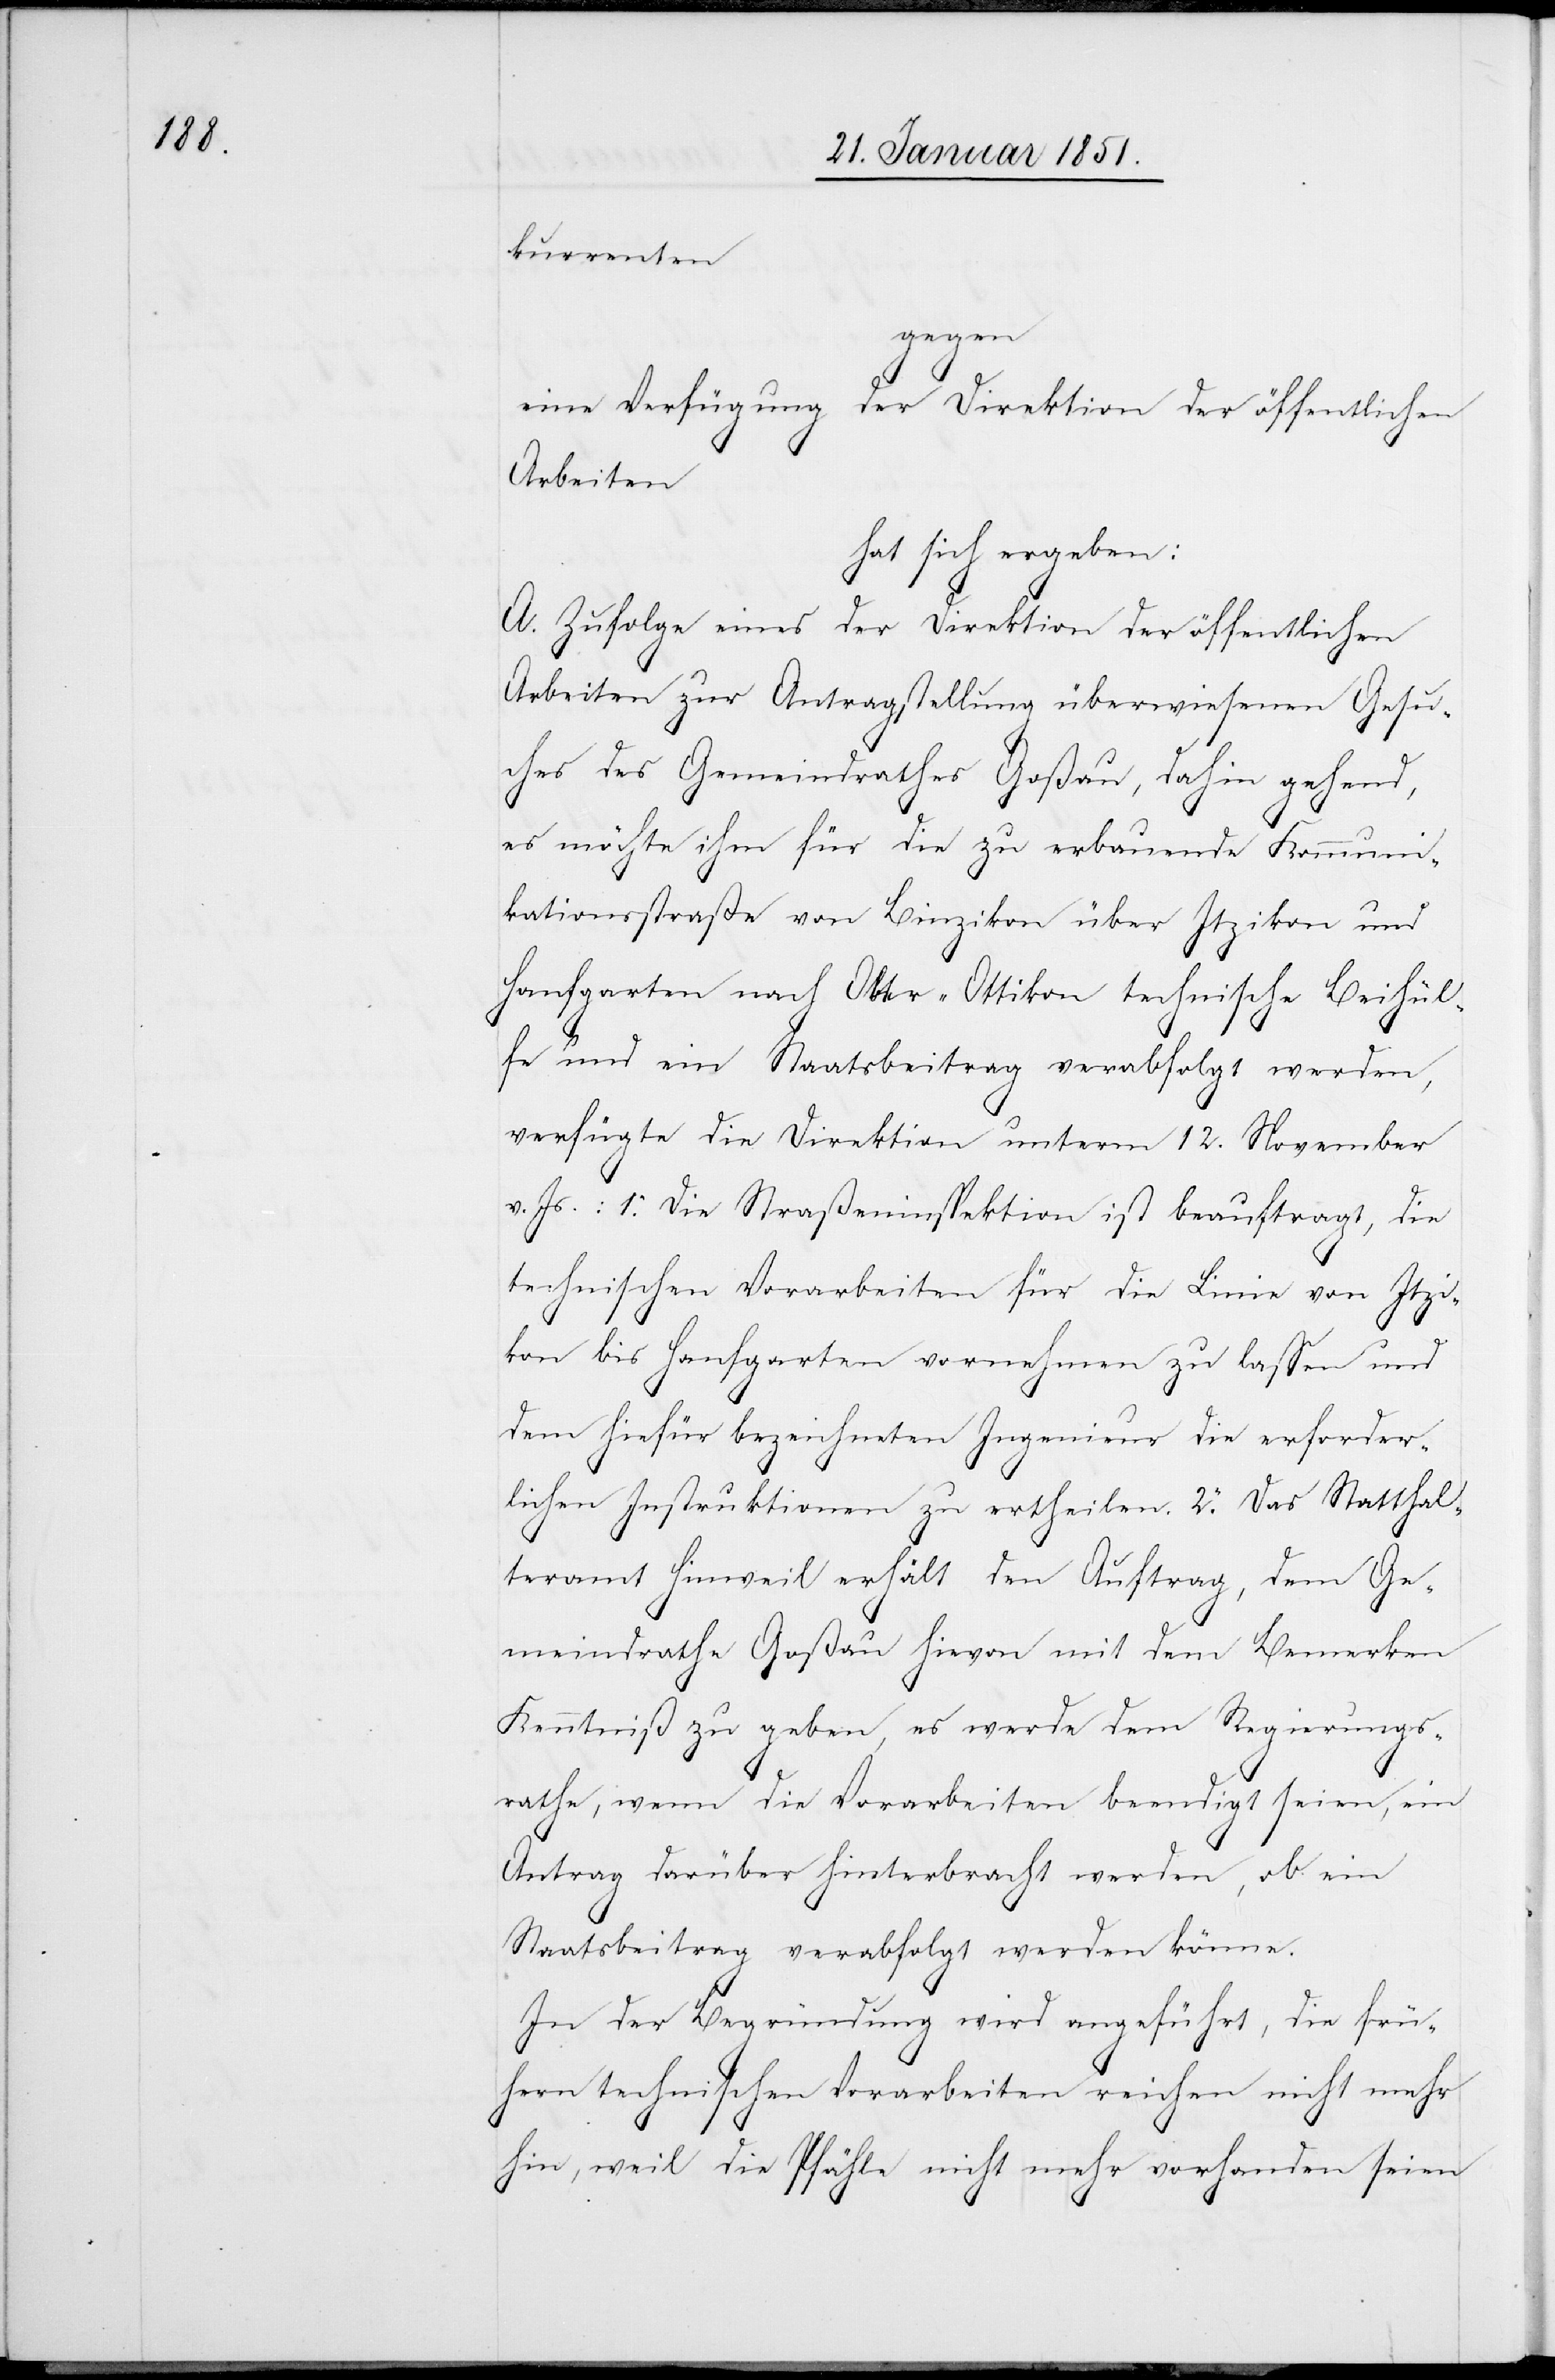
kurrenten
gegen
eine Verfügung der Direktion der öffentlichen
Arbeiten
hat sich ergeben:
A. Zufolge eines der Direktion der öffentlichen
Arbeiten zur Antragstellung überwiesenen Gesu¬
ches des Gemeindrathes Goßau, dahin gehend,
es möchte ihm für die zu erbauende Kommuni¬
kationsstraße von Binzikon über Itzikon und
Hanfgarten nach Ober-Ottikon technische Beihül¬
fe und ein Staatsbeitrag verabfolgt werden,
verfügte die Direktion unterm 12. November
v. Js.: 1. Die Straßeninspektion ist beauftragt, die
technischen Vorarbeiten für die Linie von Itzi¬
kon bis Hanfgarten vornehmen zu lassen und
dem hiefür bezeichneten Ingenieur die erforder¬
lichen Instruktionen zu ertheilen. 2. Das Statthal¬
teramt Hinweil erhält den Auftrag, dem Ge¬
meindrathe Goßau hievon mit dem Bemerken
Kenntniß zu geben, es werde dem Regierungs¬
rathe, wenn die Vorarbeiten beendigt seien, ein
Antrag darüber hinterbracht werden, ob ein
Staatsbeitrag verabfolgt werden könne.
In der Begründung wird angeführt, die frü¬
hern technischen Vorarbeiten reichen nicht mehr
hin, weil die Pfähle nicht mehr vorhanden seien